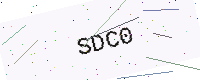
Text: SDC0